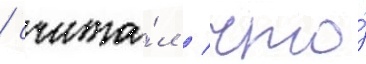
/ счита́л / что́